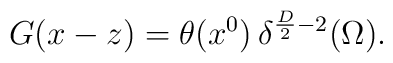
G(x-z)=\theta(x^{0})\, \delta^{{D \over 2}-2}(\Omega).